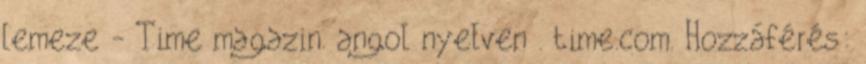
lemeze - Time magazin. angol nyelven . time.com. Hozzáférés: